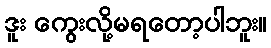
ဒူး ကွေးလို့မရတော့ပါဘူး။